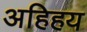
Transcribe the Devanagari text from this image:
अहिहय